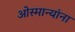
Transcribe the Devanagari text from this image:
ओस्मान्यांना